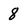
Character: 8